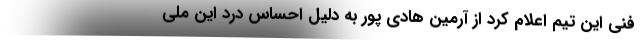
فنی این تیم اعلام کرد از آرمین هادی پور به دلیل احساس درد این ملی